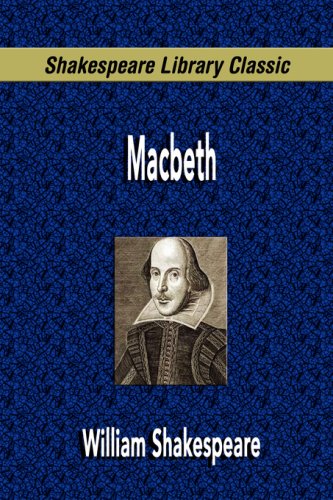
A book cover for Macbeth (Shakespeare Library Classic); William Shakespeare; Humor & Entertainment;